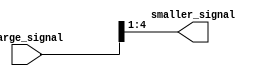
module part_select_assign(
  input [7:0] large_signal, // input signal with 8 bits
  output [3:0] smaller_signal // output signal with 4 bits
);

assign smaller_signal = large_signal[4:1]; // assigning bits 4 to 1 from large_signal to smaller_signal

endmodule